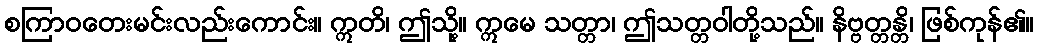
စကြာဝတေးမင်းလည်းကောင်း။ ဣတိ၊ ဤသို့။ ဣမေ သတ္တာ၊ ဤသတ္တဝါတို့သည်။ နိဗ္ဗတ္တန္တိ၊ ဖြစ်ကုန်၏။